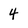
Character: 4